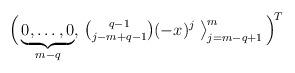
LaTeX: \begin{align*} \Big( \underbrace{0,\ldots,0}_{m-q},\,{\textstyle {q-1\choose j-m+q-1} }(-x)^{j} \; \big\rangle_{j=m-q+1}^{m} \,\Big)^{\!T}\end{align*}